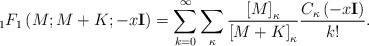
\begin{align*}{}_1F_1 \left(M; M + K; - x{\mathbf{I}} \right) = \sum_{k=0}^{\infty} \sum_{\kappa} {\left[ M \right]_{\kappa} \over \left[ M + K \right]_{\kappa}} {C_{\kappa}\left(- x \mathbf{I}\right) \over k!}.\end{align*}